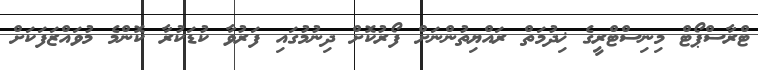
ޓްރާސްޕޯޓް މިނިސްޓްރީގެ ޚިދުމަތް ރައްޔިތުންނަށް ފޯރުކޮށް ދިނުމުގައި ފަރުވާ ކުޑަކުރާ ކޮންމެ މުވައްޒަފަކަށް